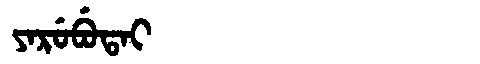
Manchu: ᠶᠠᡵᡠᠪᡠᡨᠠᡳ
Romanization: YARUBUTAI